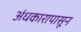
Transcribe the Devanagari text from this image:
अंधकारापासून